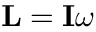
\mathbf { L } = \mathbf { I } \omega